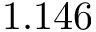
1 . 1 4 6